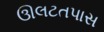
ઊલટતપાસ